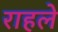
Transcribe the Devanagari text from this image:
राहले